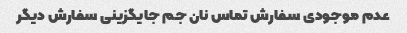
عدم موجودی سفارش تماس نان جم جایگزینی سفارش دیگر